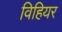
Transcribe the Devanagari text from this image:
विहियर